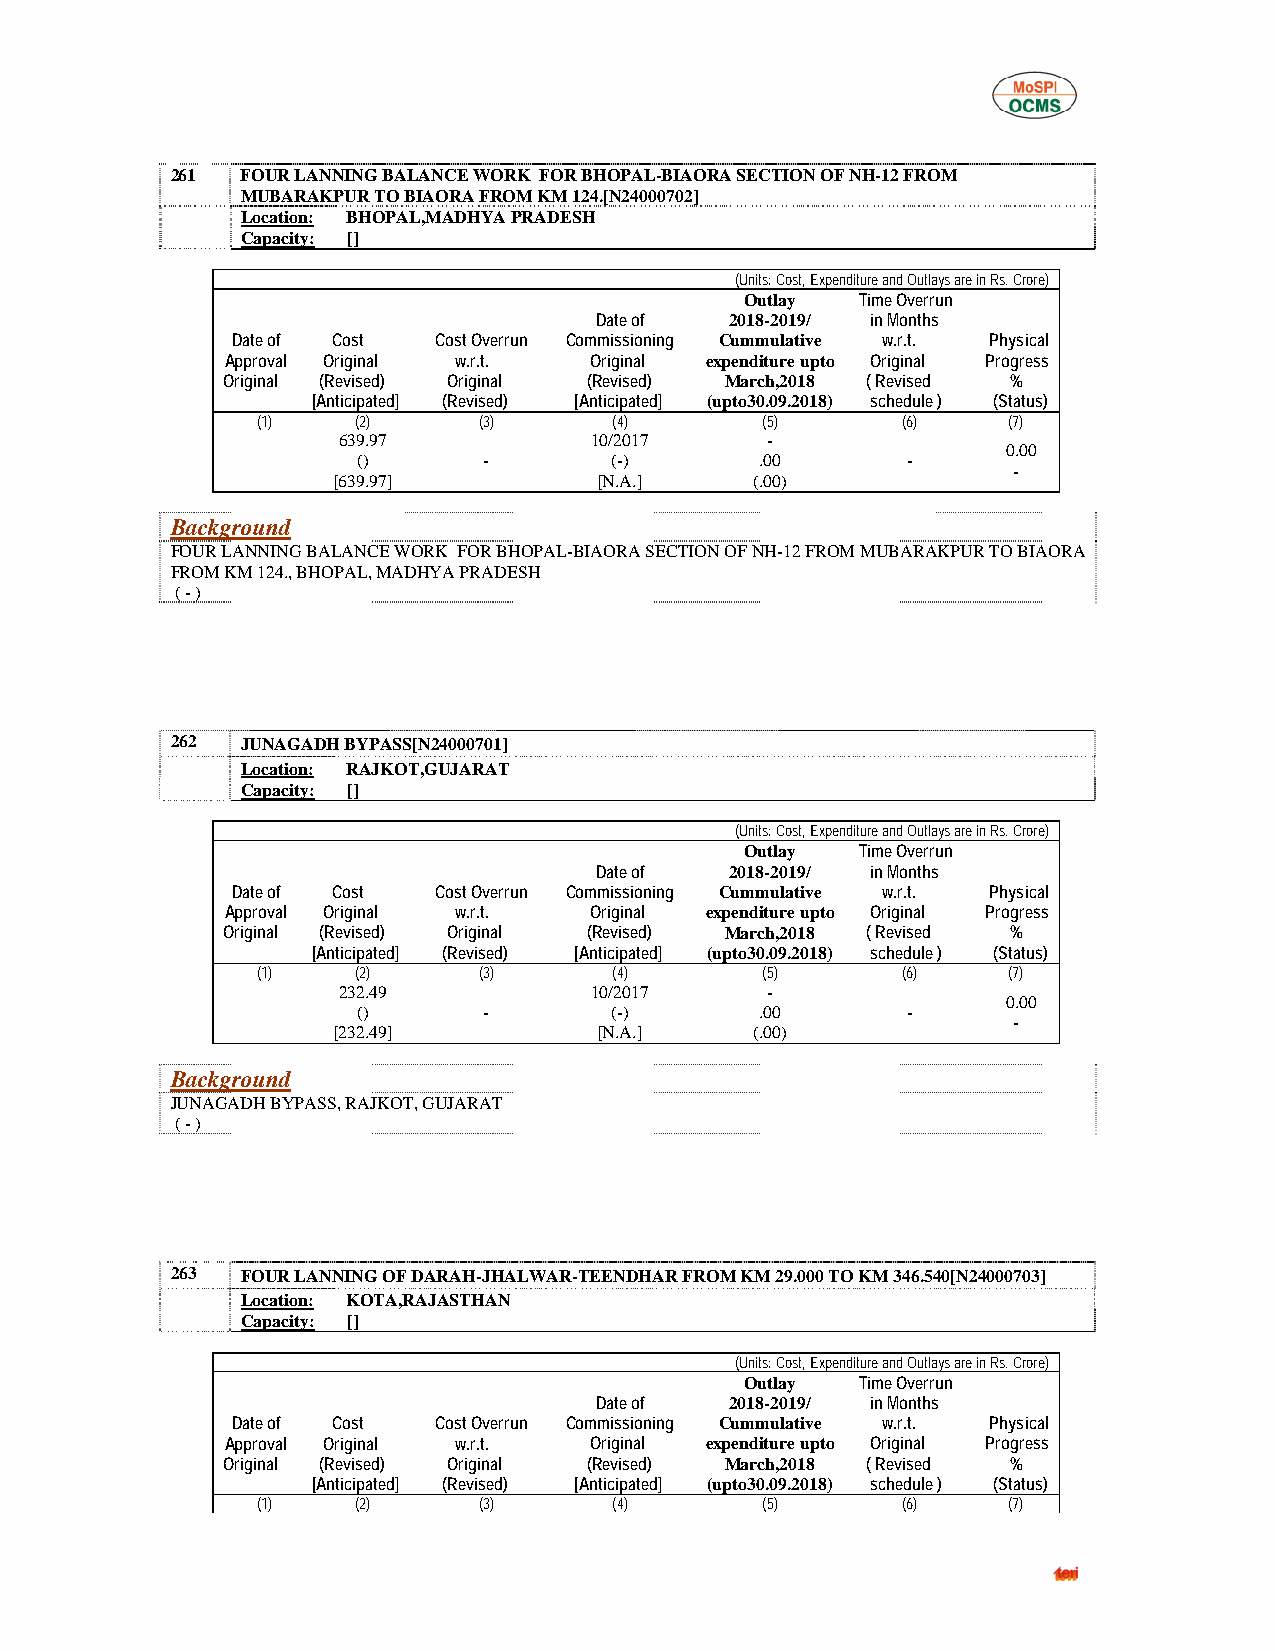
261  FOUR LANNING BALANCE WORK FOR BHOPAL-BIAORA SECTION OF NH-12 FROM
 MUBARAKPUR TO BIAORA FROM KM 124.[N24000702]
 Location: BHOPAL,MADHYA PRADESH
 Capacity: []
 (Units: Cost, Expenditure and Outlays are in Rs. Crore)
 Outlay  Time Overrun
 Date of  2018-2019/ in Months
 Date of Cost  Cost Overrun Commissioning Cummulative w.r.t. Physical
 Approval Original w.r.t. Original expenditure upto Original Progress
 Original (Revised) Original (Revised) March,2018 ( Revised %
 [Anticipated] (Revised) [Anticipated] (upto30.09.2018) schedule ) (Status)
 (1)    (2)     (3)      (4)      (5)       (6)    (7)
 639.97           10/2017     -
 0.00
 ()      -       (-)       .00       -
 -
 [639.97]          [N.A.]    (.00)
 Background
 FOUR LANNING BALANCE WORK FOR BHOPAL-BIAORA SECTION OF NH-12 FROM MUBARAKPUR TO BIAORA
 FROM KM 124., BHOPAL, MADHYA PRADESH
 ( - )
 262  JUNAGADH BYPASS[N24000701]
 Location: RAJKOT,GUJARAT
 Capacity: []
 (Units: Cost, Expenditure and Outlays are in Rs. Crore)
 Outlay  Time Overrun
 Date of  2018-2019/ in Months
 Date of Cost  Cost Overrun Commissioning Cummulative w.r.t. Physical
 Approval Original w.r.t. Original expenditure upto Original Progress
 Original (Revised) Original (Revised) March,2018 ( Revised %
 [Anticipated] (Revised) [Anticipated] (upto30.09.2018) schedule ) (Status)
 (1)    (2)     (3)      (4)      (5)       (6)    (7)
 232.49           10/2017     -
 0.00
 ()      -       (-)       .00       -
 -
 [232.49]          [N.A.]    (.00)
 Background
 JUNAGADH BYPASS, RAJKOT, GUJARAT
 ( - )
 263  FOUR LANNING OF DARAH-JHALWAR-TEENDHAR FROM KM 29.000 TO KM 346.540[N24000703]
 Location: KOTA,RAJASTHAN
 Capacity: []
 (Units: Cost, Expenditure and Outlays are in Rs. Crore)
 Outlay  Time Overrun
 Date of  2018-2019/ in Months
 Date of Cost  Cost Overrun Commissioning Cummulative w.r.t. Physical
 Approval Original w.r.t. Original expenditure upto Original Progress
 Original (Revised) Original (Revised) March,2018 ( Revised %
 [Anticipated] (Revised) [Anticipated] (upto30.09.2018) schedule ) (Status)
 (1)    (2)     (3)      (4)      (5)       (6)    (7)